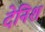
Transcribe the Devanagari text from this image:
देनिश